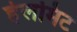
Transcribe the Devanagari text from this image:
हेलमिट